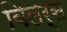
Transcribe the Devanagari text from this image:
बिलर्स